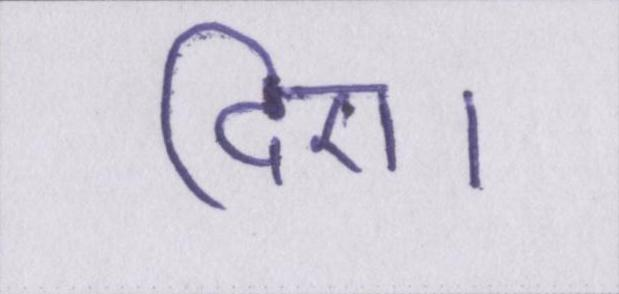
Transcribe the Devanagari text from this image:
दिए।